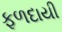
ફળદાયી